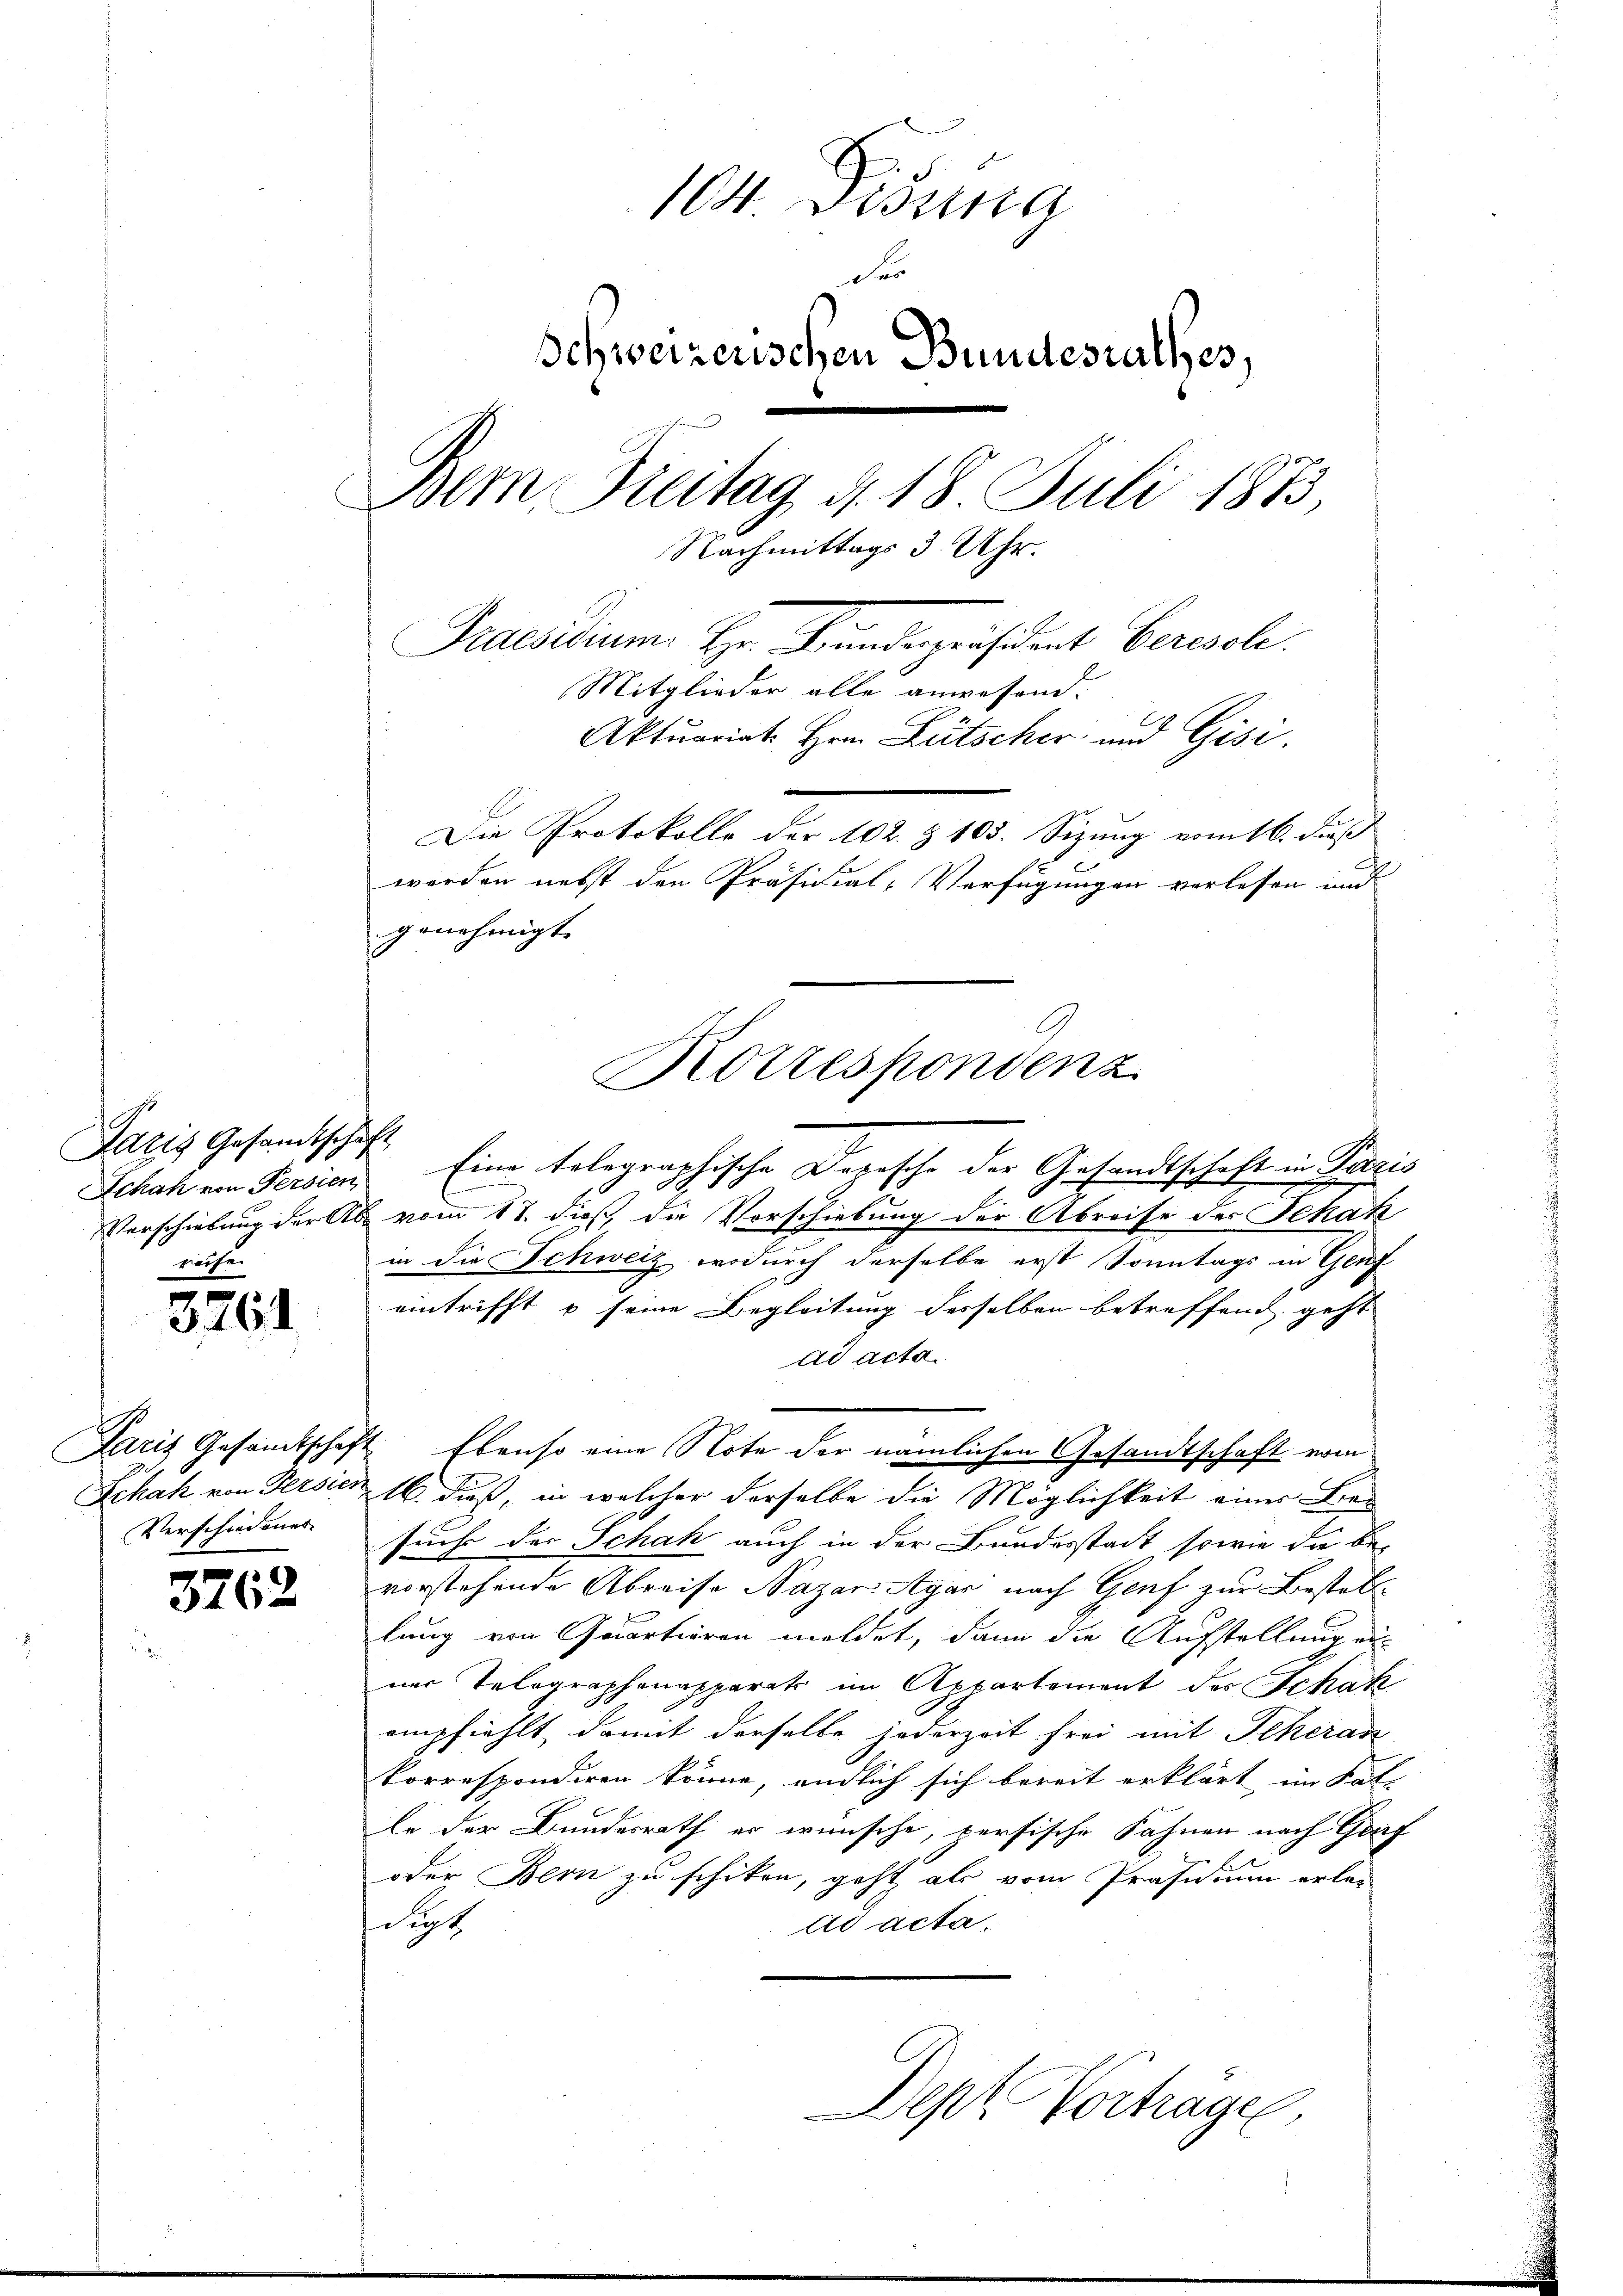
Paris Gesandtschaft
reihen

s
3164

Verschiedenes

3762

104 Disena
For
Schweizerischen Bundesrathes,
Bem Freitag d. 18 Juli 1873,
Nachmittags 3 Uhr.
Praesidium. Hr. Finndepräsident Berech
Mitglieder alle anwesend.
Aktuariat Hrn. Lütscher und Gisi
Die Protokolle der 102. Z 103. Sizung vom 16. dieß
werden nebst den Präsidial-Verfügungen verlassen und
genehmigt.

Schah ein Persien Eine telegraphische Depesche der Gesandtschaft in Paris
Verschiebung der Ab vom 17. dieß die Vorschiebung der Abreise der Schatz
in die Schweiz, wodurch derselbe erst Sonntags in Genf
eintrifft u seine Begleitung desselben betreffend geht
ad acta.
Paris Gesamtschaft Ebenso eine Note der nämlichen Gesandtschaft vom
Echah von Persich 16. dieß, in welcher derselbe die Möglichkeit einer Bran
suche der Schah auch in der Bundesstadt sowie die be-
vorstehende Abreise Nazar Agar nach Genf zur Bestatt
lung von Quartieren meldet, dann die Aufstellung einer Telegraphenapparats im Appartement des Schah
empfiehlt, damit derselbe jederzeit frei mit Scheran
korrespondiren könne, endlich sich bereit erklärt, im Sat- |
le der Bundesrath er wünsche, persische Fahnen nach Graf
oder Bern zu schiken, geht als vom Präsidium erledicht
ad acta.
Dept Vortrage

Kotrespondenz